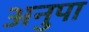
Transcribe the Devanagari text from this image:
अनुपा